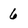
Character: 6